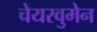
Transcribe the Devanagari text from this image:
चेयरवुमेन